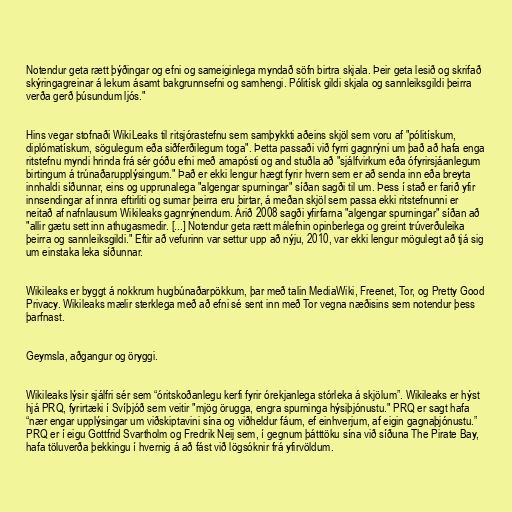
Notendur geta rætt þýðingar og efni og sameiginlega myndað söfn birtra skjala. Þeir geta lesið og skrifað
skýringagreinar á lekum ásamt bakgrunnsefni og samhengi. Pólitísk gildi skjala og sannleiksgildi þeirra
verða gerð þúsundum ljós."

Hins vegar stofnaði WikiLeaks til ritsjórastefnu sem samþykkti aðeins skjöl sem voru af "pólitískum,
diplómatískum, sögulegum eða siðferðilegum toga". Þetta passaði við fyrri gagnrýni um það að hafa enga
ritstefnu myndi hrinda frá sér góðu efni með amapósti og and stuðla að "sjálfvirkum eða ófyrirsjáanlegum
birtingum á trúnaðarupplýsingum." Það er ekki lengur hægt fyrir hvern sem er að senda inn eða breyta
innhaldi síðunnar, eins og upprunalega "algengar spurningar" síðan sagði til um. Þess í stað er farið yfir
innsendingar af innra eftirliti og sumar þeirra eru birtar, á meðan skjöl sem passa ekki ritstefnunni er
neitað af nafnlausum Wikileaks gagnrýnendum. Árið 2008 sagði yfirfarna "algengar spurningar" síðan að
"allir gætu sett inn athugasmedir. [...] Notendur geta rætt málefnin opinberlega og greint trúverðuleika
þeirra og sannleiksgildi." Eftir að vefurinn var settur upp að nýju, 2010, var ekki lengur mögulegt að tjá sig
um einstaka leka síðunnar.

Wikileaks er byggt á nokkrum hugbúnaðarpökkum, þar með talin MediaWiki, Freenet, Tor, og Pretty Good
Privacy. Wikileaks mælir sterklega með að efni sé sent inn með Tor vegna næðisins sem notendur þess
þarfnast.

Geymsla, aðgangur og öryggi.

Wikileaks lýsir sjálfri sér sem “óritskoðanlegu kerfi fyrir órekjanlega stórleka á skjölum”. Wikileaks er hýst
hjá PRQ, fyrirtæki í Svíþjóð sem veitir "mjög örugga, engra spurninga hýsiþjónustu." PRQ er sagt hafa
“nær engar upplýsingar um viðskiptavini sína og viðheldur fáum, ef einhverjum, af eigin gagnaþjónustu.”
PRQ er í eigu Gottfrid Svartholm og Fredrik Neij sem, í gegnum þátttöku sína við síðuna The Pirate Bay,
hafa töluverða þekkingu í hvernig á að fást við lögsóknir frá yfirvöldum.